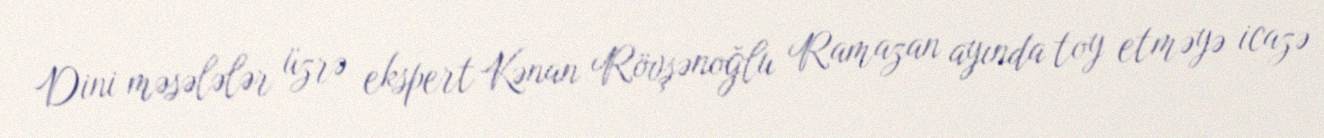
Dini məsələlər üzrə ekspert Kənan Rövşənoğlu Ramazan ayında toy etməyə icazə